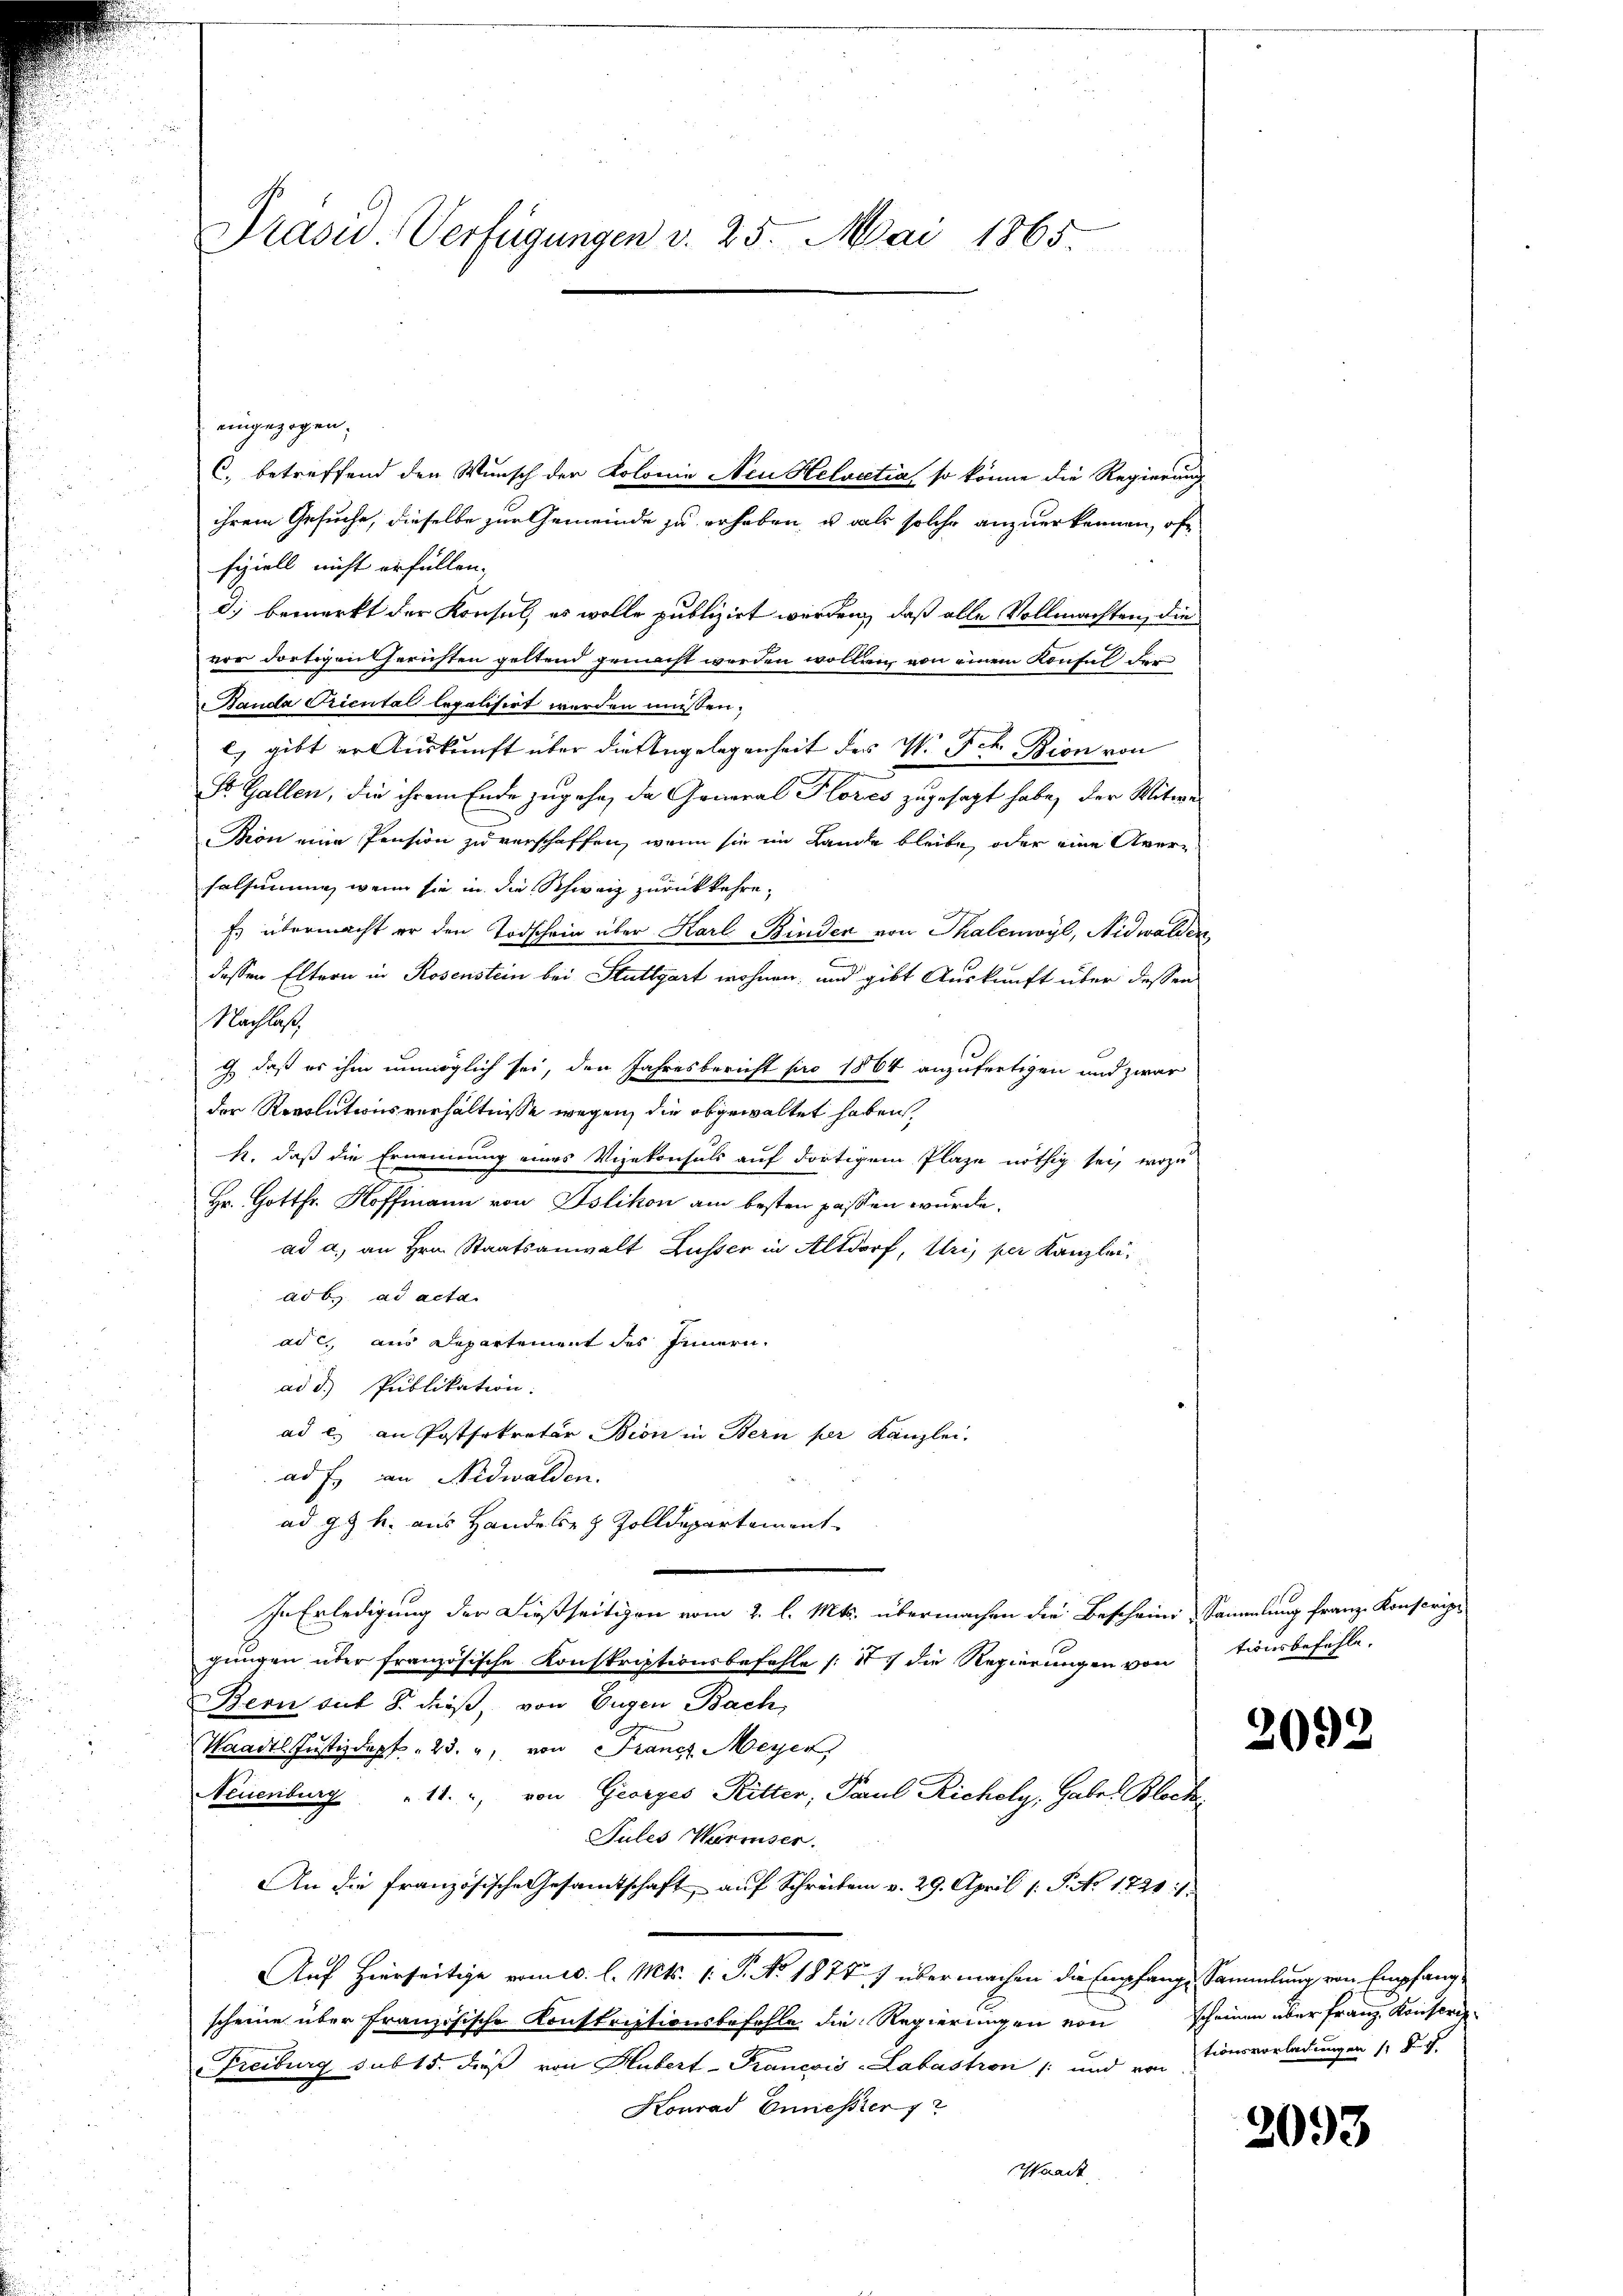
eingezogen.
fiziell nicht erfüllen. |
d) bemerkt der Konsul, es wolle publizirt werden, daß alle Vollmachten, die
vor dortigen Gerichten geltend gemacht werden wollen, von einem Konsul der
Banda Picutal legalisirt werden müssen;
l.) gibt er Auskunft über die Angelegenheit des V. Jch Bion von
St. Gallen, die ihrem Ende zugehe, da General Plores zugesagt habe, der Witwe
Bion eine Pension zu verschaffen, wenn sie im Lande bleibe, oder eine Averselsumme, wenn sie in die Schweiz zurückkehre,
Es übermacht er den Todschein über Karl Binden von Thalenwyl, Nidwalden
dessen Eltern in Rosenstein bei Stuttgart wohnen, und gibt Auskunft über dessen
Nachlaß,
g, daß es ihm unmöglich sei, den Jahresbericht pro 1864 anzufertigen und zwar
der Revolutionsverhältnisse wegen, die abgewaltet haben,
h. daß die Ernennung eines Vizekonsuls auf dortigem Plaze nöthig sei, wozu
Hr. Gottfr. Hoffmann von Islikon am besten passen wurde.
ad a., an Hrn. Staatsanwalt Lusser in Altdorf, Uri, per Kanzlei
ad b. ad acta.
ad c., aus Departement des Innern.
ad d. Publikation.
ad c) an Postsekretär Bion in Bern per Kanzlei.
ad f. an Nidwalden.
ad 9. h. aus Handere Zolldepartement
In Erledigung der dießseitigen vom 2. l. Mts. übermachen die Bescheini-Sammlung franz Konscript
gungen über französische Konskriptionsbefehle (S. die Regierungen von tonsbefühle.
Bern auf 8. dieß, von Eugen Bach
Waadt Justizdapf " 23. u. von Francz Meyer,
Neuenburg " 11. von Georges Ritter, Paul Richely, Gabe. Block
Sules Warmser.
An die französische Gesamtschaft auf Schreiben v. 29. April 1 S. No 1720 /:
Auf Hierseitige vom 10. l. Mts. 1. P. No 1874) übermachen die Empfange Sammlung von Empfang
scheine über französische Konstriptionsbefehle die Regierungen von scheinen über Franz. Konserie
Freiburg sub 15. dieß von Hubert-Trancois-Labastron /: und von tionsvorladungen 1. d. J.
Konrad Ennesster 12
Staat

Präsid. Verfügungen v. 25. Mai 1865.

C. betreffend den Wunsch der Kolonie Neu Helvetia so könne die Regierung

ihrem Gesuche, dieselbe zur Gemeinde zu erhaben, u. als solche anzuerkennen, of

2092

2093